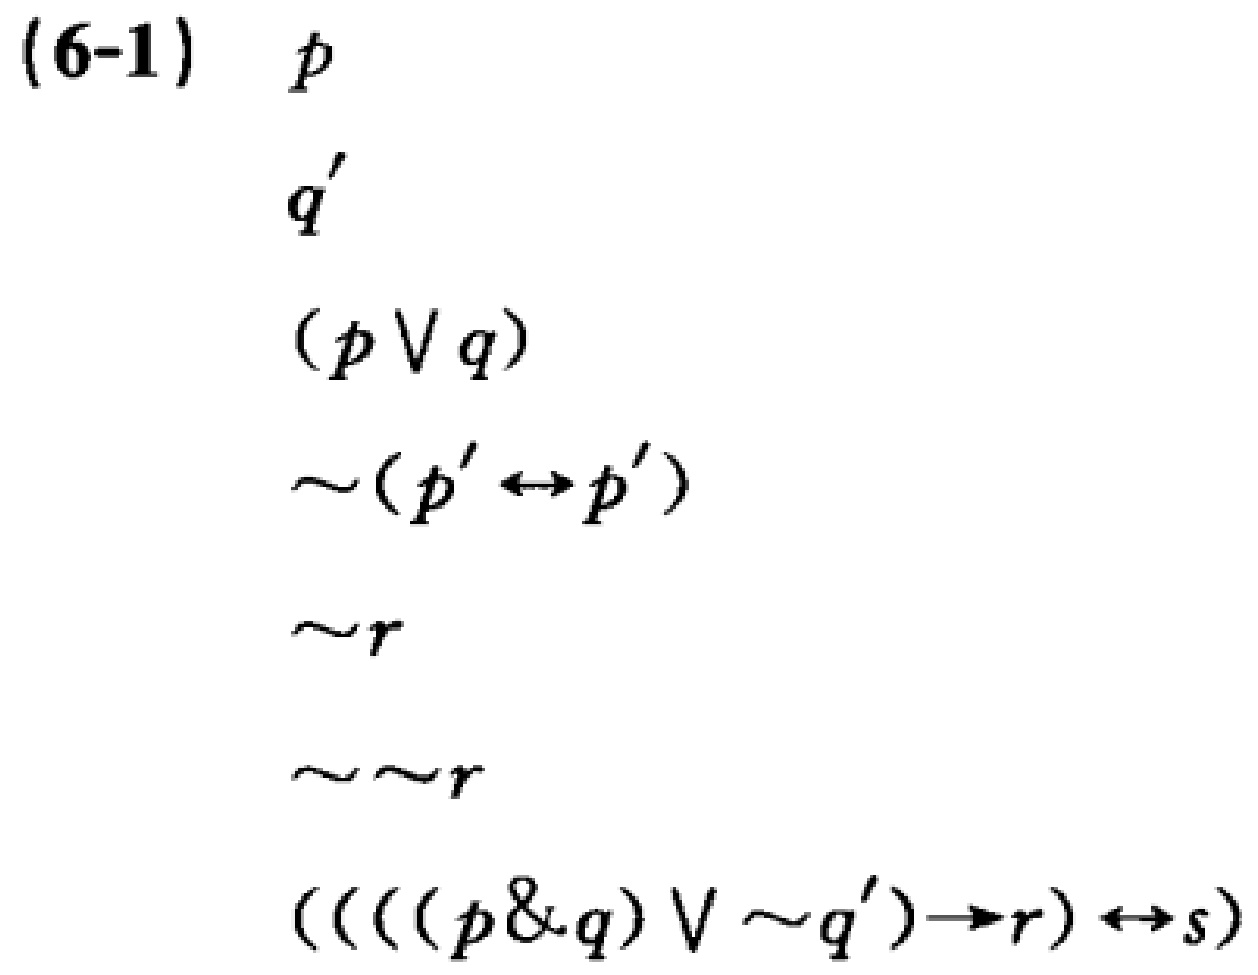
(6-1) \(p\)
\(q'\)
\((p \vee q)\)
\(\sim(p' \leftrightarrow p')\)
\(\sim r\)
\(\sim\sim r\)
\((((p\&q)\vee\sim q')\to r)\leftrightarrow s\)